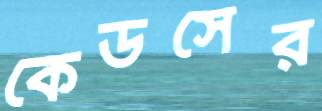
কেডসের